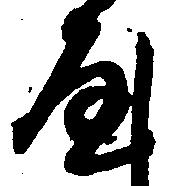
や